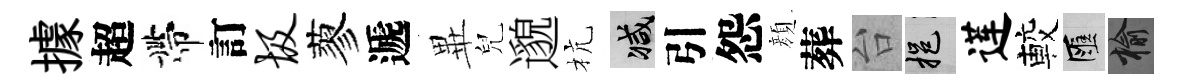
據超帶訂圾蓼遞𭺾兒邈杭减引怨顔葬台挹莲較匯榆